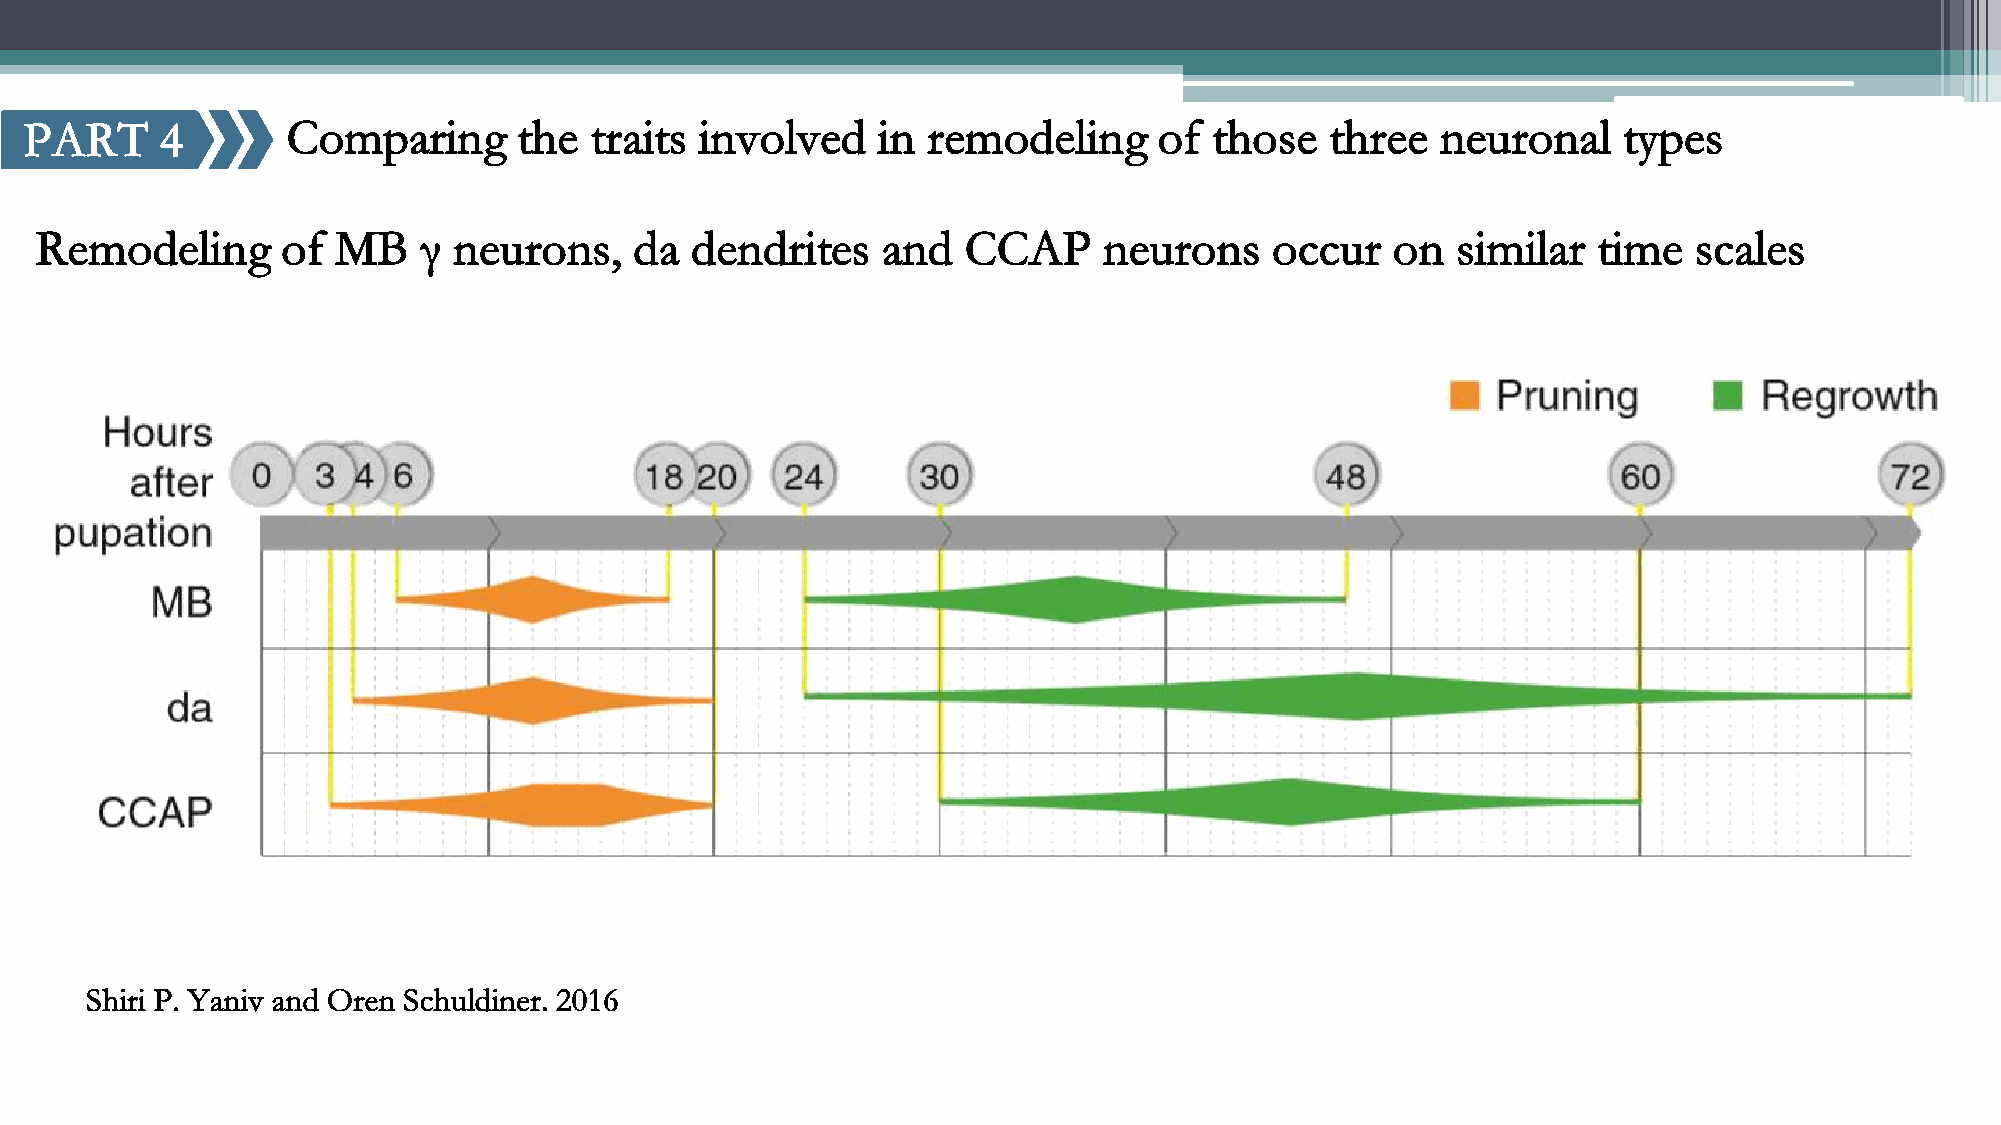
PART     4       Comparing      the  traits involved    in remodeling      of those   three  neuronal    types
 Remodeling       of MB    γ neurons,    da  dendrites   and   CCAP     neurons    occur   on  similar   time  scales
 Shiri P. Yaniv and Oren Schuldiner. 2016